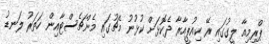
ޕްރިމިއާ ލީގުގައި ރޭ ކިއުޕީއާރާ ދެކޮޅަށް ކުޅުނު މެޗުގައި މެންޗެސްޓާއިން ހަތަރު ލަނޑު